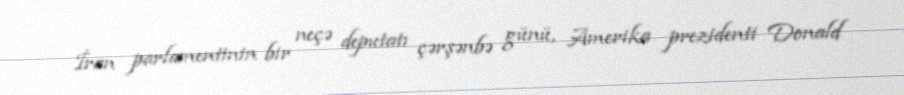
İran parlamentinin bir neçə deputatı çərşənbə günü, Amerika prezidenti Donald